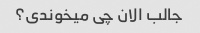
جالب الان چی میخوندی؟